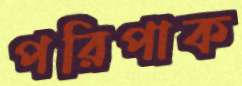
পরিপাক